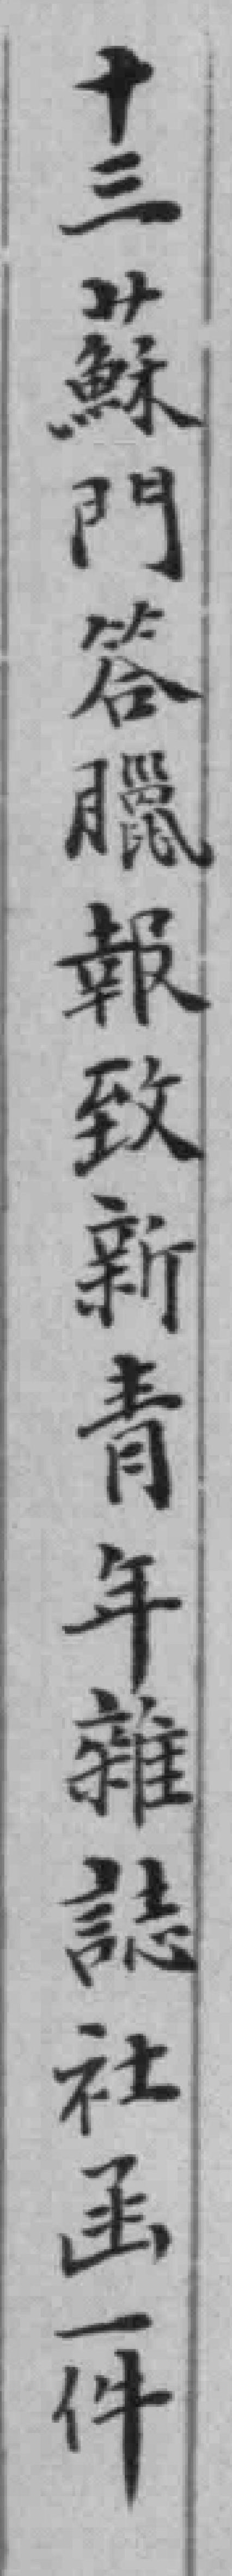
十三蘇門答臘報致新青年雜誌社函一件